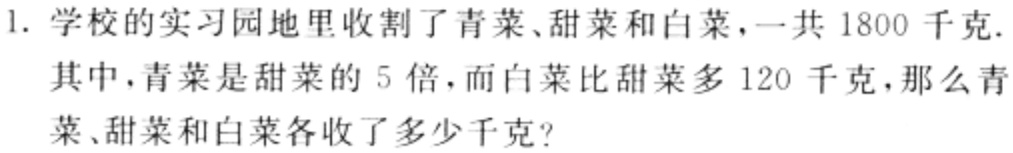
1. 学校的实习园地里收割了青菜、甜菜和白菜，一共 1800 千克.
其中，青菜是甜菜的 5 倍，而白菜比甜菜多 120 千克，那么青菜、甜菜和白菜各收了多少千克?